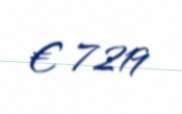
€ 7219